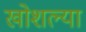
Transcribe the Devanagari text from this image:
खोशल्या